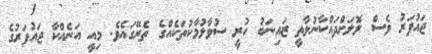
ޖައުފަރު ވެސް ލޮލަށްދައްކާނުލާތީ ޒައިނަބު ހުރީ ސުވާލުމާކުތަކެއްގެ ތެރޭގައެވެ. މިއީ އަނެއްކާ ޖައުފަރުގެ